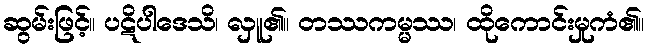
ဆွမ်းဖြင့်။ ပဋိပါဒေသိ၊ လှူ၏။ တဿကမ္မဿ၊ ထိုကောင်းမှုကံ၏။